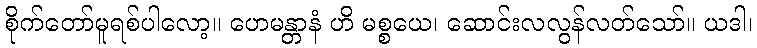
စိုက်တော်မူရစ်ပါလော့။ ဟေမန္တာနံ ဟိ မစ္စယေ၊ ဆောင်းလလွန်လတ်သော်။ ယဒါ၊